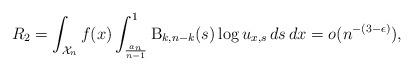
LaTeX: \begin{align*}R_2= \int_{\mathcal{X}_n} f(x) \int_\frac{a_n}{n-1}^1 \mathrm{B}_{k,n-k}(s) \log u_{x,s} \,ds \,dx= o(n^{-(3-\epsilon)}),\end{align*}